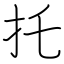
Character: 托